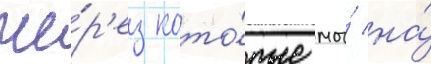
че́р'ез кото́рые мы́ на́